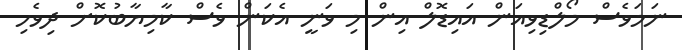
ނަމަވެސް މޯލްޑިވިއަން އައިޑޮލް އިން މި ވަނީ އެކަން ވެސް ކާމިޔާބުކޮށް ދިވެހި